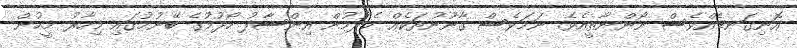
އޮނިގަނޑެއްވެސް ނޯންނާތީއެވެ. ނަމަވެސް ގާނޫނުތަކެއް ހެދުމުން އިންސާފު ހޯދުމުގެ ބޭނުމުގައި މިހާރު މީހުން